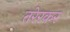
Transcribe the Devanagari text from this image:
तरेरकर